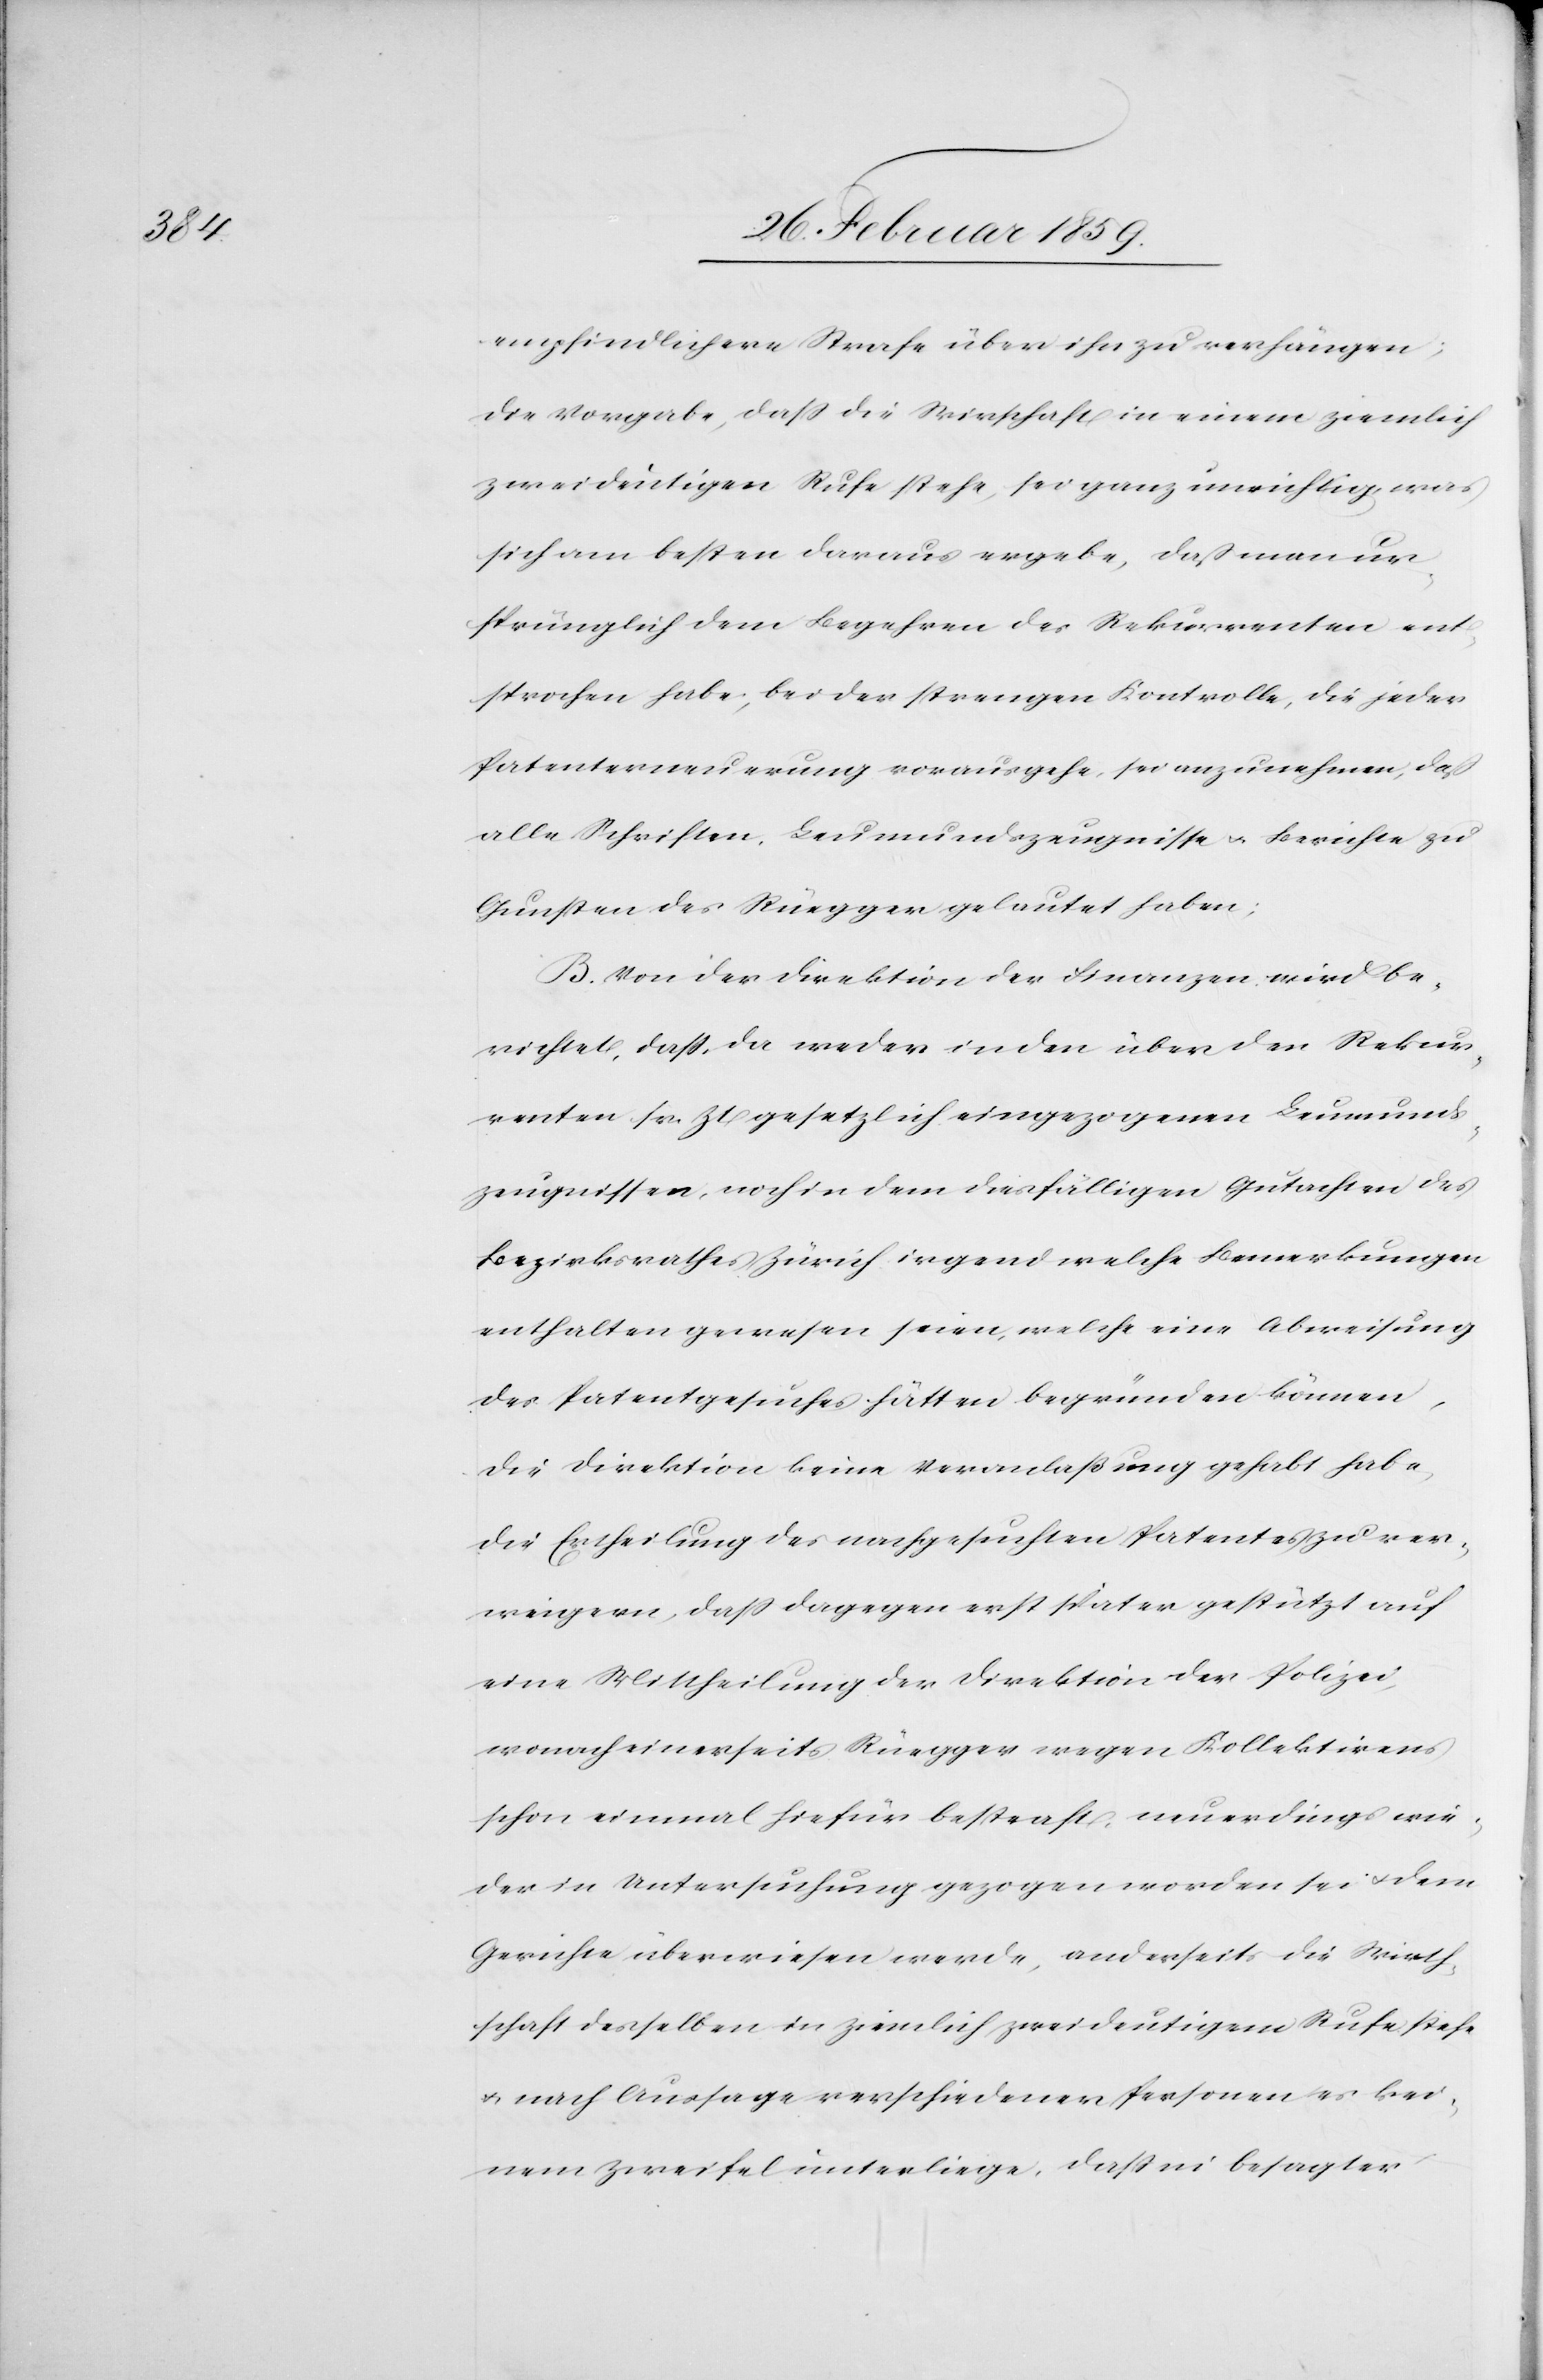
empfindlichere Strafe über ihn zu verhängen;
die Vorgabe, daß die Wirtschaft in einem ziemlich
zweideutigen Rufe stehe sei ganz unrichtig was
sich am besten daraus ergebe, daß man ur¬
sprünglich dem Begehren des Rekurrenten ent¬
sprochen habe; bei der strengen Kontrolle, die jeder
Patenterneuerung vorausgehe, sei anzunehmen, daß
alle Schriften, Leumundszeugnisse u. Berichte zu
Gunsten des Rüegger gelautet haben;
B. Von der Direktion der Finanzen wird be¬
richtet, daß da weder in den über den Rekur¬
renten sr. Zt gesetzlich eingezogenen Leumunds¬
zeugnissen, noch in dem diesfälligen Gutachten des
Bezirksrathes Zürich irgend welche Bemerkungen
enthalten gewesen seien, welche eine Abweisung
des Patentgesuches hätten begründen können,
die Direktion keine Veranlaßung gehabt habe,
die Ertheilung des nachgesuchten Patentes zu ver¬
weigern, daß dagegen erst später gestützt auf
eine Mittheilung der Direktion der Polizei,
wonach einerseits Rüegger wegen Kollektirens
schon einmal hiefür bestraft, neuerdings wie¬
der in Untersuchung gezogen worden sei u. dem
Gerichte überwiesen werde, anderseits die Wirth¬
schaft desselben in ziemlich zweideutigem Rufe stehe
u. nach Aussage verschiedener Personen es kei¬
nem Zweifel unterliege, daß in besagter